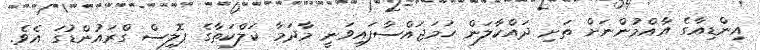
އިންޑިއާގެ އާއްމުންނަށް ތަށި ދައްކާލަން ހަމަޖައްސާފައިވަނީ މާދަމާ ކަލްކަތާގެ ޕޮލިސް ގްރައުންޑުގަ އެވެ.